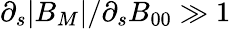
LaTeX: \partial_{s}|B_{M}|/\partial_{s}B_{00}\gg 1